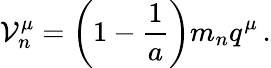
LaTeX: {\cal V}_{n}^{\mu}=\bigg(1-\frac{1}{a}\bigg)m_{n}q^{\mu}\, .